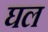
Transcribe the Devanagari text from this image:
घल